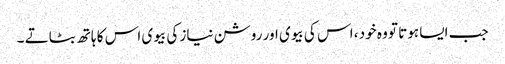
جب ایسا ہوتا تو وہ خود ، اس کی بیوی اور روشن نیاز کی بیوی اس کا ہاتھ بٹاتے ۔